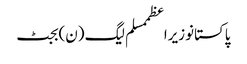
پاکستانوزیراعظممسلم لیگ (ن)بجٹ